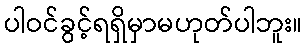
ပါဝင်ခွင့်ရရှိမှာမဟုတ်ပါဘူး။